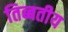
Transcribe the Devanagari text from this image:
तिब्बतीय